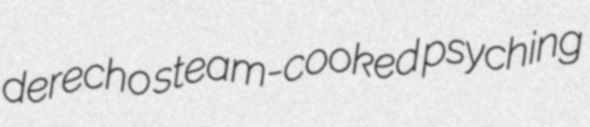
derecho steam-cooked psyching